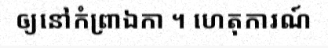
ឲ្យនៅកំព្រាឯកា ។ ហេតុការណ៍